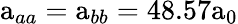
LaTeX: \mathrm{a}_{aa}=\mathrm{a}_{bb}=48.57\mathrm{a}_{0}